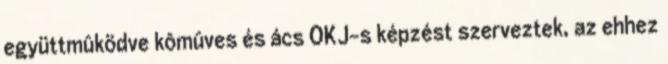
együttmûködve kômûves és ács OKJ-s képzést szerveztek, az ehhez